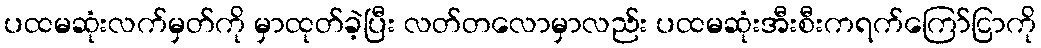
ပထမဆုံးလက်မှတ်ကို မှာထုတ်ခဲ့ပြီး လတ်တလောမှာလည်း ပထမဆုံးအီးစီးကရက်ကြော်ငြာကို